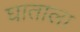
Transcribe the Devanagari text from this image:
घाताला